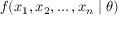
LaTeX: f ( x _ { 1 } , x _ { 2 } , \ldots , x _ { n } \mid \theta )